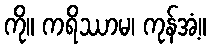
ကို။ ကရိဿာမ၊ ကုန်အံ့။